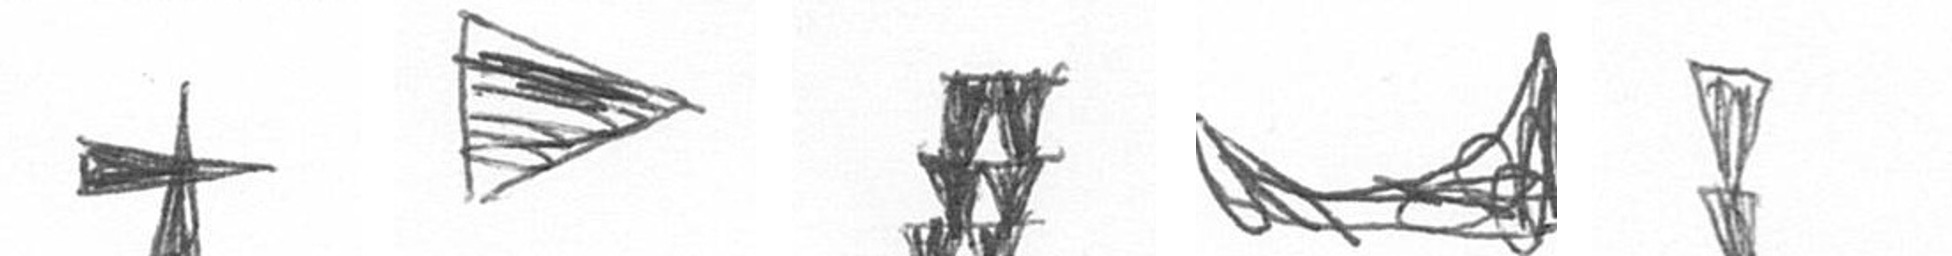
G T Y O Z